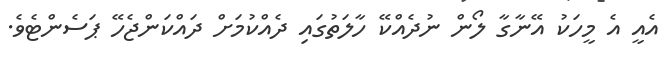
އެއީ އެ މީހަކު އޭނާގާ ލޯން ނުދެއްކޭ ހާލަތުގައި ދެއްކުމަށް ދައްކަންޖެހޭ ޕަސެންޓެވެ.